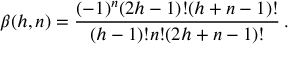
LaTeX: \beta ( h , n ) = { \frac { ( - 1 ) ^ { n } ( 2 h - 1 ) ! ( h + n - 1 ) ! } { ( h - 1 ) ! n ! ( 2 h + n - 1 ) ! } } \, .